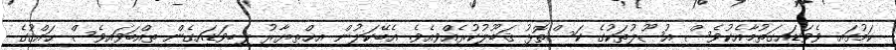
ކަމުގައި ވެވަޑައިގަތުމާއެކުވެސް އުޞޫލުތަކުގެ ކަސްތޮޅު ޤަބޫލުކުރެއްވިއެވެ. އެބޭކަލުން އިޚްތިޔާރު ލިބިވަޑައިގެން ތިއްބަވައިވެސް ޙައްޤުގެ